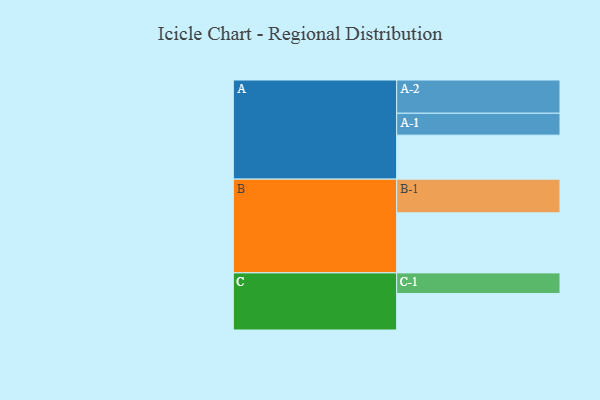
{"axis": {"x": "Segment", "y": "Value"}, "legend": ["", "A", "B", "C"], "data": [{"x": "A", "y": 376, "type": ""}, {"x": "B", "y": 513, "type": ""}, {"x": "C", "y": 312, "type": ""}, {"x": "A-1", "y": 187, "type": "A"}, {"x": "A-2", "y": 284, "type": "A"}, {"x": "B-1", "y": 288, "type": "B"}, {"x": "C-1", "y": 176, "type": "C"}]}